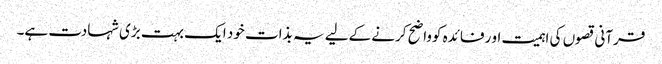
قرآنی قصوں کی اہمیت او رفائدہ کوواضح کرنے کےلیے یہ بذات خود ایک بہت بڑی شہادت ہے۔